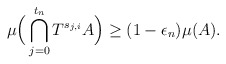
\begin{align*}\mu\Big(\bigcap_{j=0}^{t_n}T^{s_{j,i}}A\Big) \geq (1-\epsilon_n)\mu(A).\end{align*}